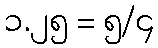
၁.၂၅ = ၅/၄